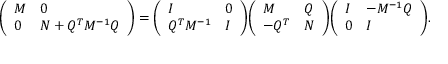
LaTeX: { \left( \begin{array} { l l } { M } & { 0 } \\ { 0 } & { N + Q ^ { T } M ^ { - 1 } Q } \end{array} \right) } = { \left( \begin{array} { l l } { I } & { 0 } \\ { Q ^ { T } M ^ { - 1 } } & { I } \end{array} \right) } { \left( \begin{array} { l l } { M } & { Q } \\ { - Q ^ { T } } & { N } \end{array} \right) } { \left( \begin{array} { l l } { I } & { - M ^ { - 1 } Q } \\ { 0 } & { I } \end{array} \right) } .